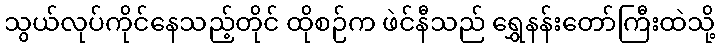
သွယ်လုပ်ကိုင်နေသည့်တိုင် ထိုစဉ်က ဖဲင်နီသည် ရွှေနန်းတော်ကြီးထဲသို့